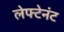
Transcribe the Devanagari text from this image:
लेफ्टेनंट